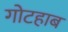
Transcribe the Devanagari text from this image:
गोटहाब